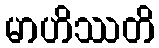
မာဟိဿတိ